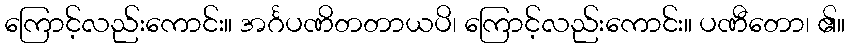
ကြောင့်လည်းကောင်း။ အင်္ဂပဏိတတာယပိ၊ ကြောင့်လည်းကောင်း။ ပဏီတော၊ ၏။